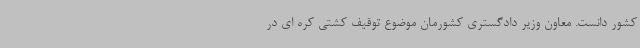
کشور دانست. معاون وزیر دادگستری کشورمان موضوع توقیف کشتی کره ای در